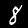
Label: 8